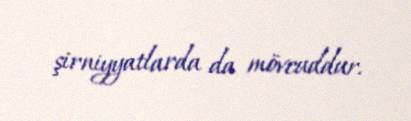
şirniyyatlarda da mövcuddur.